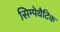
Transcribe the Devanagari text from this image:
सिम्पेथैटिक